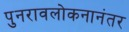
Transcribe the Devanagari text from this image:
पुनरावलोकनानंतर